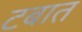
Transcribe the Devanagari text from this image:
टबात